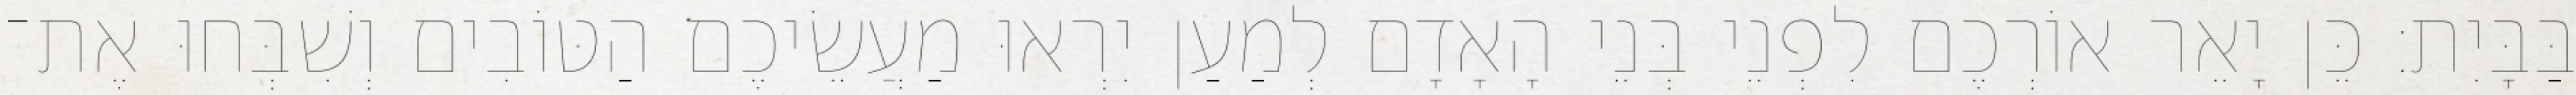
בַּבָּיִת׃ כֵּן יָאֵר אוֹרְכֶם לִפְנֵי בְּנֵי הָאָדָם לְמַעַן יִרְאוּ מַעֲשֵׂיכֶם הַטּוֹבִים וְשִׁבְּחוּ אֶת־